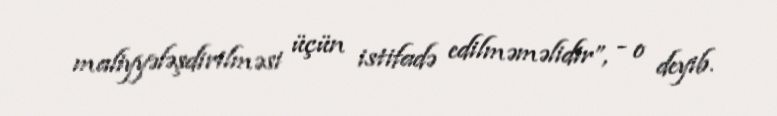
maliyyələşdirilməsi üçün istifadə edilməməlidir”, - o deyib.